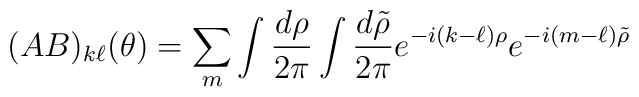
(AB)_{k\ell}(\theta)=\sum_m\int {d\rho\over 2\pi}\int {d\tilde{\rho} \over 2\pi} e^{-i(k-\ell)\rho}e^{-i(m-\ell)\tilde{\rho}}